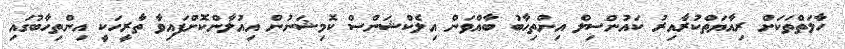
ހާލަތްތަކަށް ރިއާޔަތްކުރާއިރު ކައުންސިލް އިންތިހާބު ބާއްވަން އިލެކްޝަންސް ކޮމިޝަނުން އިއުލާންކޮށްފައިވާ ތާރީހަކީ އިންތިހާބުގައި